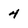
Character: 4